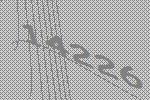
14226